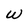
Character: w